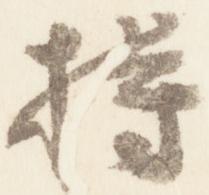
持